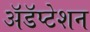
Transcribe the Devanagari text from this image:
अॅडॅप्टेशन